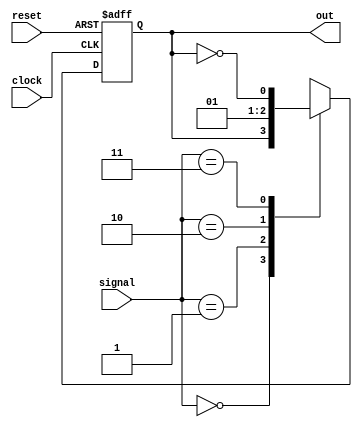
 //takes in a signal and returns the output of the cell, basically just a posedge JK-flip-flop, behavior as follows
//|---------------------|
//| signal |  behavior  |
//|---------------------|
//|   00   |  unchanged |
//|   01   |  set low   |
//|   10   |  set high  |
//|   11   |  toggle    |
//|---------------------|
// Note Clock will be divided
module CellOut(signal, clock, reset, out);
	input[1:0] signal;
	input clock, reset;
	output reg out;

	always @(posedge clock, negedge reset)// TODO: or maybe this load doesn't need to be here?
		begin
			if (reset == 0)
				out <= 1'b0;
			else
				begin
					case(signal)
						2'd0: out <= out;
						2'd1: out <= 1'b0;
						2'd2: out <= 1'b1;
						2'd3: out <= ~out;
					endcase
				end
		end
endmodule